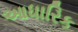
આધારિક